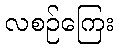
လစဉ်ကြေး